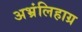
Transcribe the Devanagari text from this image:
अभ्रंलिहाग्र